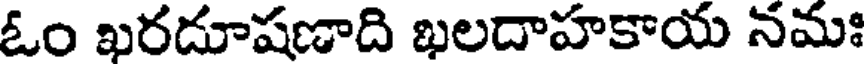
ఓం ఖరదూషణాది ఖలదాహకాయ నమః